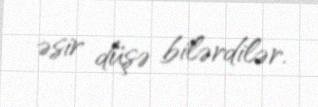
əsir düşə bilərdilər.